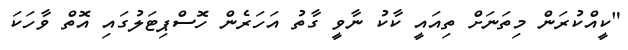
"ކީއްކުރަން މިތަނަށް ތިއައީ ކާކު ނާވީ ގާތު އަހަރެން ހޮސްޕިޓަލުގައި އޮތް ވާހަކަ